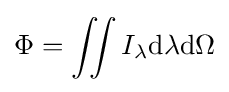
\Phi =\iint I_{\lambda }\mathrm {d} \lambda \mathrm {d} \Omega